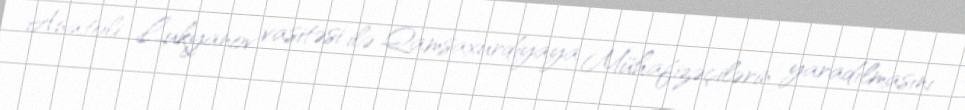
Anatoli Lukyanov vasitəsi ilə Qamsaxurdiyaya Mühafizəçilərin yaradılmasını